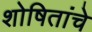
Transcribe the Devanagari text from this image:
शोषितांचे